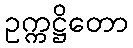
ဥက္ကဋ္ဌိတော